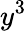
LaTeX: y^{3}